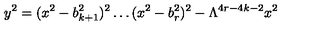
y ^ { 2 } = ( x ^ { 2 } - b _ { k + 1 } ^ { 2 } ) ^ { 2 } \ldots ( x ^ { 2 } - b _ { r } ^ { 2 } ) ^ { 2 } - \Lambda ^ { 4 r - 4 k - 2 } x ^ { 2 }